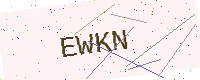
Text: EWKN